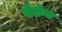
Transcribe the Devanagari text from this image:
लैद्रोंस